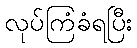
လုပ်ကြံခံရပြီး